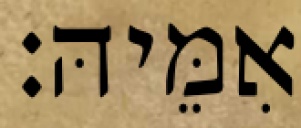
אִמֵּיהּ׃